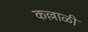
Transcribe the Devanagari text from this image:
कल्लाळी